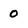
Character: 0